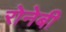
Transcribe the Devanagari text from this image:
रोनेबी